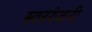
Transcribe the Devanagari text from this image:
स्वररंजनी